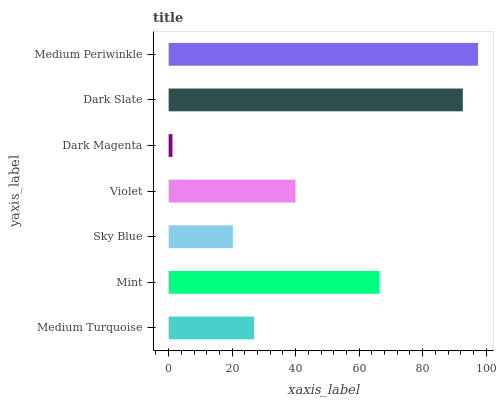
| yaxis_label | bars |
 | --- | --- |
 | Medium Turquoise | 26.9 |
 | Mint | 66.4 |
 | Sky Blue | 20.2 |
 | Violet | 39.9 |
 | Dark Magenta | 1.2 |
 | Dark Slate | 92.6 |
 | Medium Periwinkle | 97.4 |